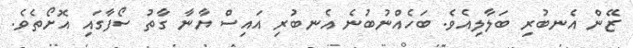
ޒޭން އެނބުރި ބަލާލިއެވެ. ބަހެއްނުބުނެ އެނބުރި އައިސް ޔާނާ ގާތު ސޯފާގައި އޮށޯތެވެ.